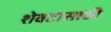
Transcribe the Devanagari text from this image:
शेवटासाठी